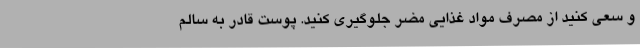
و سعی کنید از مصرف مواد غذایی مضر جلوگیری کنید. پوست قادر به سالم